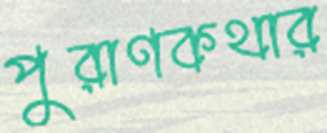
পুরাণকথার